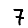
Digit: 7